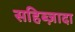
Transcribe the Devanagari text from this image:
सहिब्ज़ादा